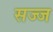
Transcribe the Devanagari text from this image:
सज्‍ज